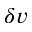
\delta v